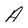
Character: A